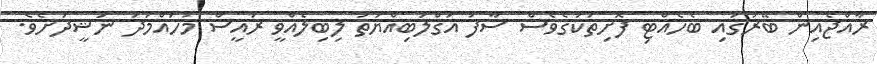
ރާއްޖެއިން ބޭރުގައި ބެހެއްޓި ފޮށިތަކުގެވެސް ސާފު އަގްލަބިއްޔަތު ލިބިލެއްވީ ރައީސް މުހައްމަދު ނަޝީދަށެވެ.